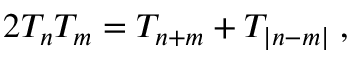
\begin{array} { r } { 2 T _ { n } T _ { m } = T _ { n + m } + T _ { | n - m | } \; , } \end{array}